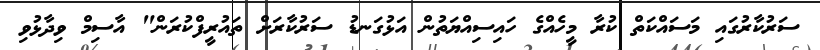
ސަރުކާރުގައި މަސައްކަތް ކުރާ މީހެއްގެ ހައިސިއްޔަތުން އަޅުގަނޑު ސަރުކާރަށް ތައުރީފްކުރަން" އާސިމް ވިދާޅުވި